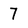
Character: 7